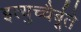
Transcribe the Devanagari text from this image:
इत्युच्चैर्बूते